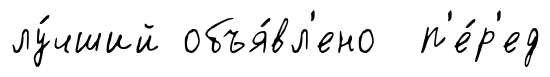
лу́чший объя́вл'ено п'е́р'ед